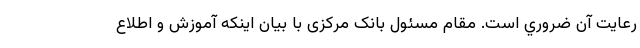
رعايت آن ضروري است. مقام مسئول بانک مرکزی با بیان اینکه آموزش و اطلاع